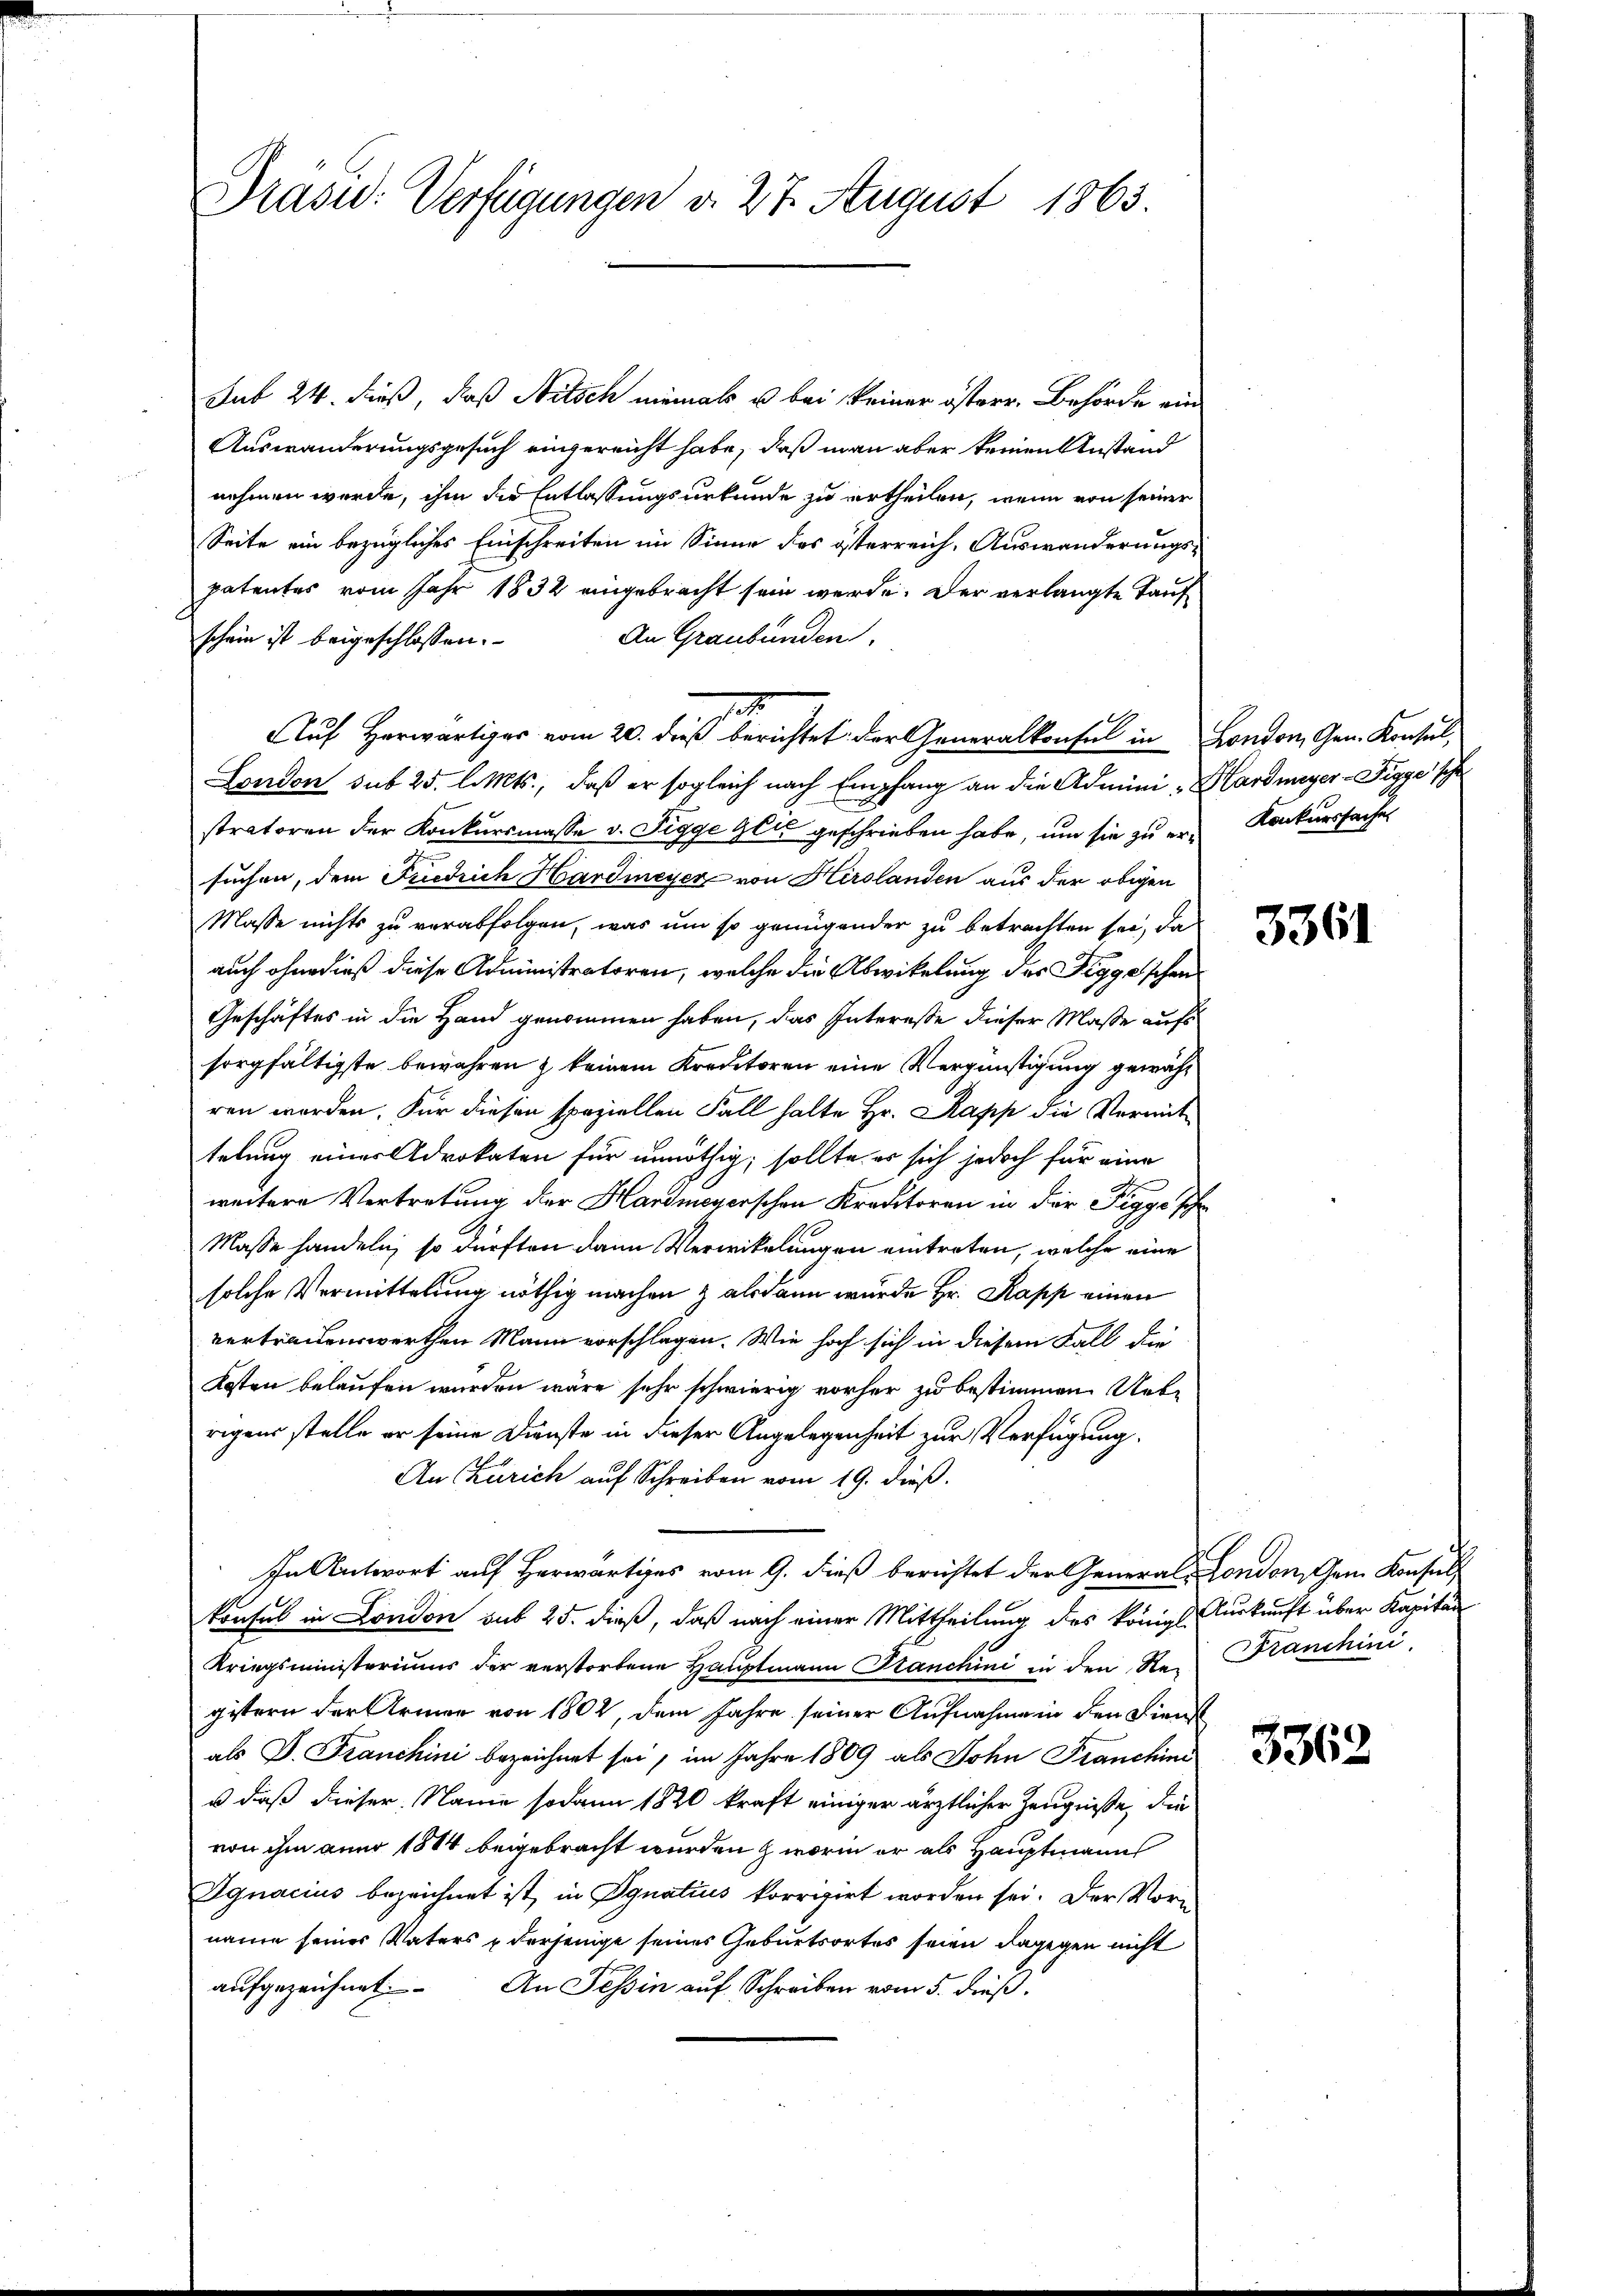
Präsid. Verfügungen d. 27. August 1863.

Sub 24. dieß, daß Nitsch niemals u. bei keiner österr. Behörde ein
Auswanderungsgesuch eingereicht habe, daß man aber keinen Anstand
nehmen werde, ihm die Entlassungsurkunde zu ertheilen, wenn von seiner
Seite ein bezügliches Einschreiten im Sinne des österreich, Auswanderungspatentes vom Jahr 1832 eingebracht sein werde. Der verlangte Tauf
An Graubünden.
schein ist beigeschlossen.
Auf Herwärtiger vom 20. dieß berichtet der Generalkonsul in London, Gen. Konsul,
London sub 25. l. Mts., daß er sogleich nach Empfang an die Admini "Hardmeyer-Figge scho
stratoren der Konkursmasse v. Tigge Geis geschrieben habe, um sie zu er- Konkurssache
suchen, dem Fuedrich Hardmeyer von Hirslanden aus der obigen
Masse nichts zu verabfolgen, was um so genügender zu betrachten sei, da
auch ohne dieß diese Administratoren, welche die Abwikelung des Figgeschen¬
Geschäftes in die Hand genommen haben, das Interesse dieser Masse aufs
sorgfältigste bewahren & keinem Kreditoren eine Vergünstigung gewähren worden. Für diesen speziellen Fall halte Hr. Kapp die Vermittelung einer Advokaten für unnöthig, sollte er sich jedoch für eine
e
weitere Vertretung der Hardmeyerschen Kreditoren in der Figge sch
Masse handeln, so dürften dann Verwikelungen eintreten, welche eine
solche Vermittelung nöthig machen & alsdann wurde Hr. Kapp einen
vertrauenswerthen Mann vorschlagen. Wie hoch sich in diesem Fall die
Kosten belaufen wurden wäre sehr schwierig vorher zu bestimmen. Uebrigens stelle er seine Dienste in dieser Angelegenheit zur Verfügung.
An Zürich auf Schreiben vom 19. dieß.
In Antwort auf Herwärtiges vom 9. dieß berichtet der General-Condon, chem Konsul
konsul in London aus 25. dieß, daß nach einer Mittheilung des königl. Auskunft über Kapitan
Kriegsministeriums der verstorbene Hauptmann Stranchini in den Ren Franchini
gistern der Armer von 1802, dem Jahre seiner Aufnahmen den Dienst
als D. Franchini bezeichnet sei, im Jahre 1809 als John Franchini
u daß dieser Name sodann 1820 kraft einiger ärztlicher Zeugniße, die
von ihm anno 1844 beigebracht wurden worin er als Hauptmann
Ignacius bezeichnet ist, in Ignatius korrigirt worden sei. Der Vor-
name seiner Vaters derjenige seines Geburtsortes seien dagegen nicht
aufgezeichnet. An Tessin auf Schreiben vom 5. dieß:

3361

3362